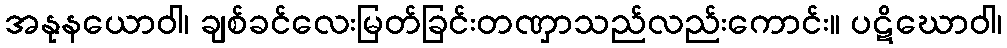
အနုနယောဝါ၊ ချစ်ခင်လေးမြတ်ခြင်းတဏှာသည်လည်းကောင်း။ ပဋိဃောဝါ၊